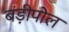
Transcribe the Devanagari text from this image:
बड़ीपोल